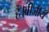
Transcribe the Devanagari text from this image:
है।बीजीय